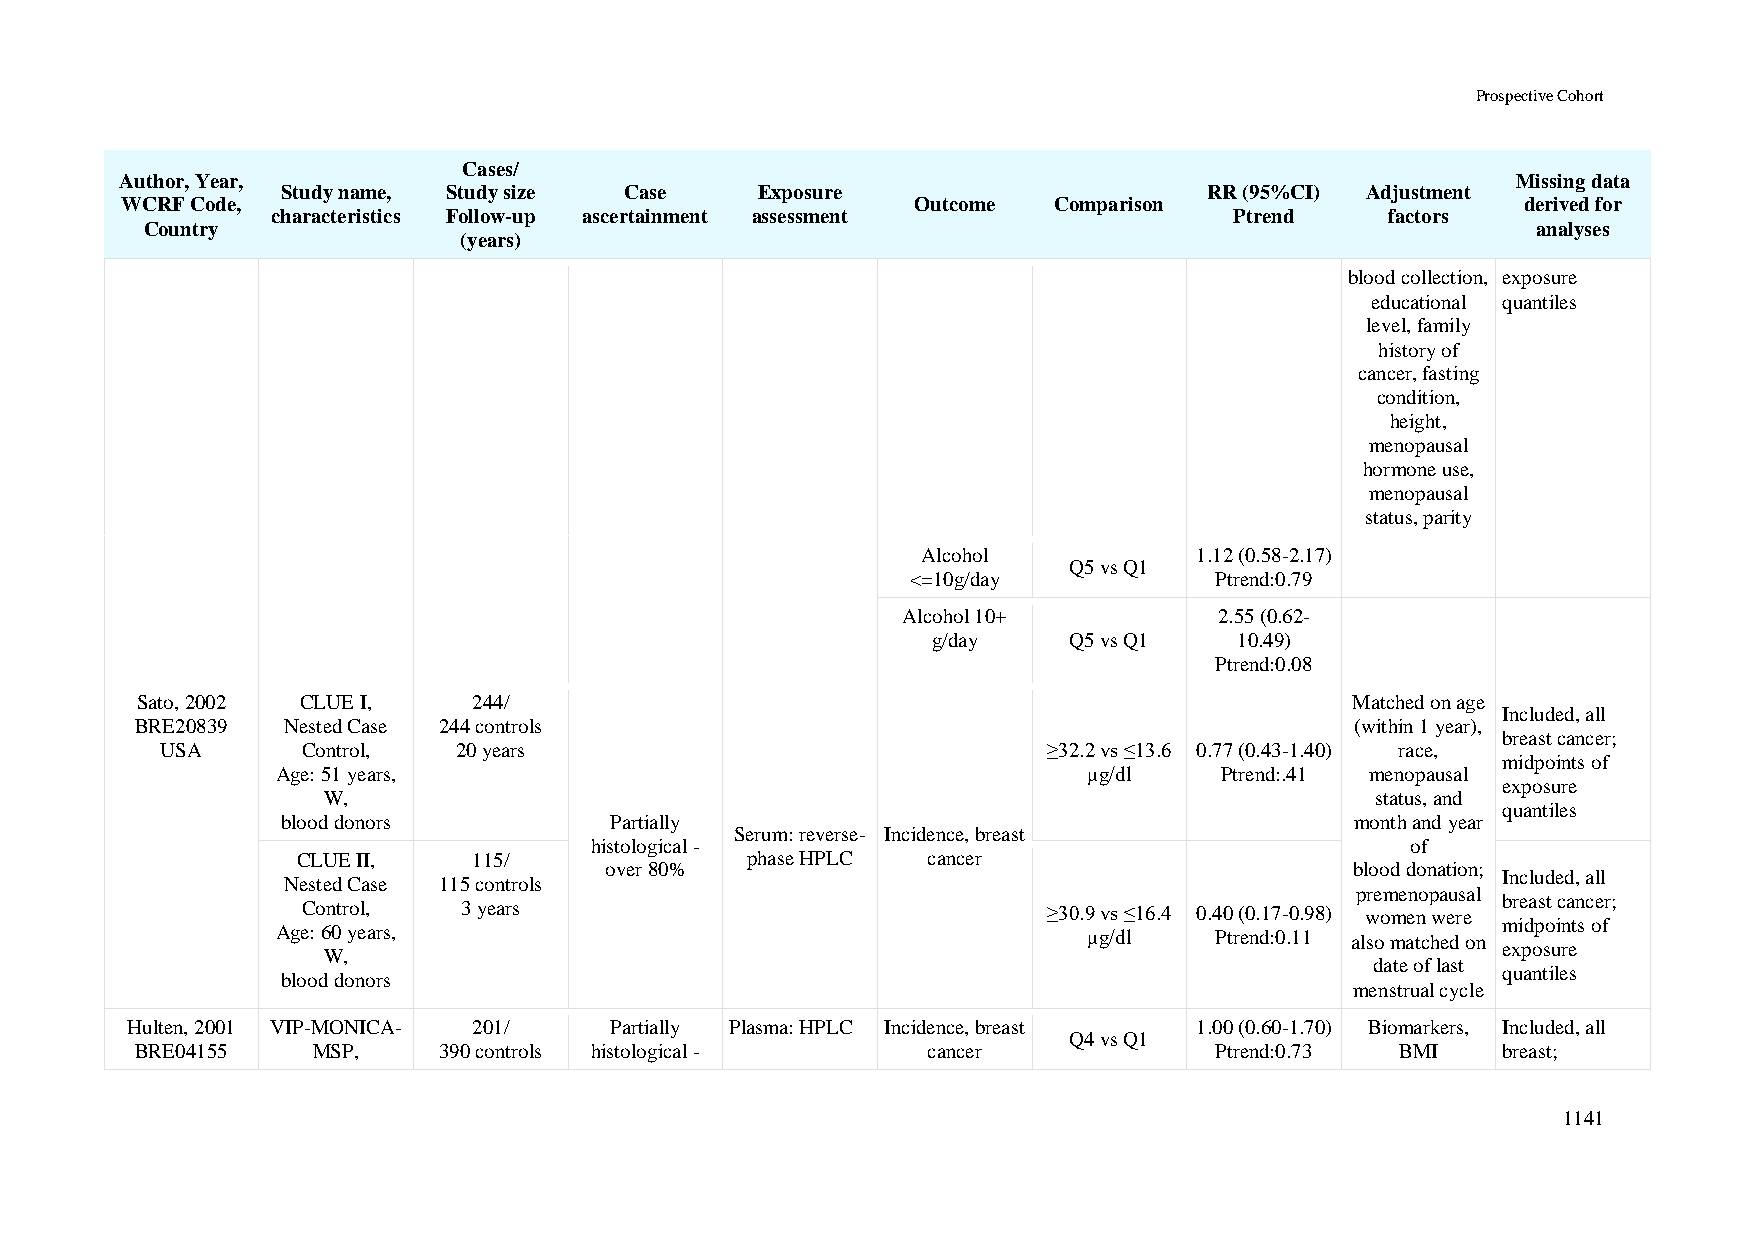
Prospective Cohort
 Cases/
 Author, Year,                                                                               Missing data
 Study name, Study size Case    Exposure                      RR (95%CI) Adjustment
 WCRF Code,                                           Outcome  Comparison                     derived for
 characteristics Follow-up ascertainment assessment              Ptrend    factors
 Country                                                                                     analyses
 (years)
 blood collection, exposure
 educational quantiles
 level, family
 history of
 cancer, fasting
 condition,
 height,
 menopausal
 hormone use,
 menopausal
 status, parity
 Alcohol           1.12 (0.58-2.17)
 Q5 vs Q1
 <=10g/day           Ptrend:0.79
 Alcohol 10+          2.55 (0.62-
 g/day    Q5 vs Q1   10.49)
 Ptrend:0.08
 Sato, 2002 CLUE I,    244/                                                       Matched on age
 Included, all
 BRE20839  Nested Case 244 controls                                               (within 1 year),
 breast cancer;
 USA      Control,  20 years                               ≥32.2 vs ≤13.6 0.77 (0.43-1.40) race,
 midpoints of
 Age: 51 years,                                        μg/dl    Ptrend:.41 menopausal
 exposure
 W,                                                                    status, and
 quantiles
 blood donors         Partially                                         month and year
 Serum: reverse- Incidence, breast
 histological -                                        of
 CLUE II,   115/              phase HPLC  cancer
 over 80%                                          blood donation;
 Included, all
 Nested Case 115 controls
 premenopausal
 breast cancer;
 Control,   3 years                               ≥30.9 vs ≤16.4 0.40 (0.17-0.98) women were
 midpoints of
 Age: 60 years,                                        μg/dl   Ptrend:0.11 also matched on
 exposure
 W,
 date of last
 quantiles
 blood donors
 menstrual cycle
 Hulten, 2001 VIP-MONICA- 201/   Partially Plasma: HPLC Incidence, breast 1.00 (0.60-1.70) Biomarkers, Included, all
 Q4 vs Q1
 BRE04155    MSP,    390 controls histological -     cancer             Ptrend:0.73  BMI   breast;
 1141